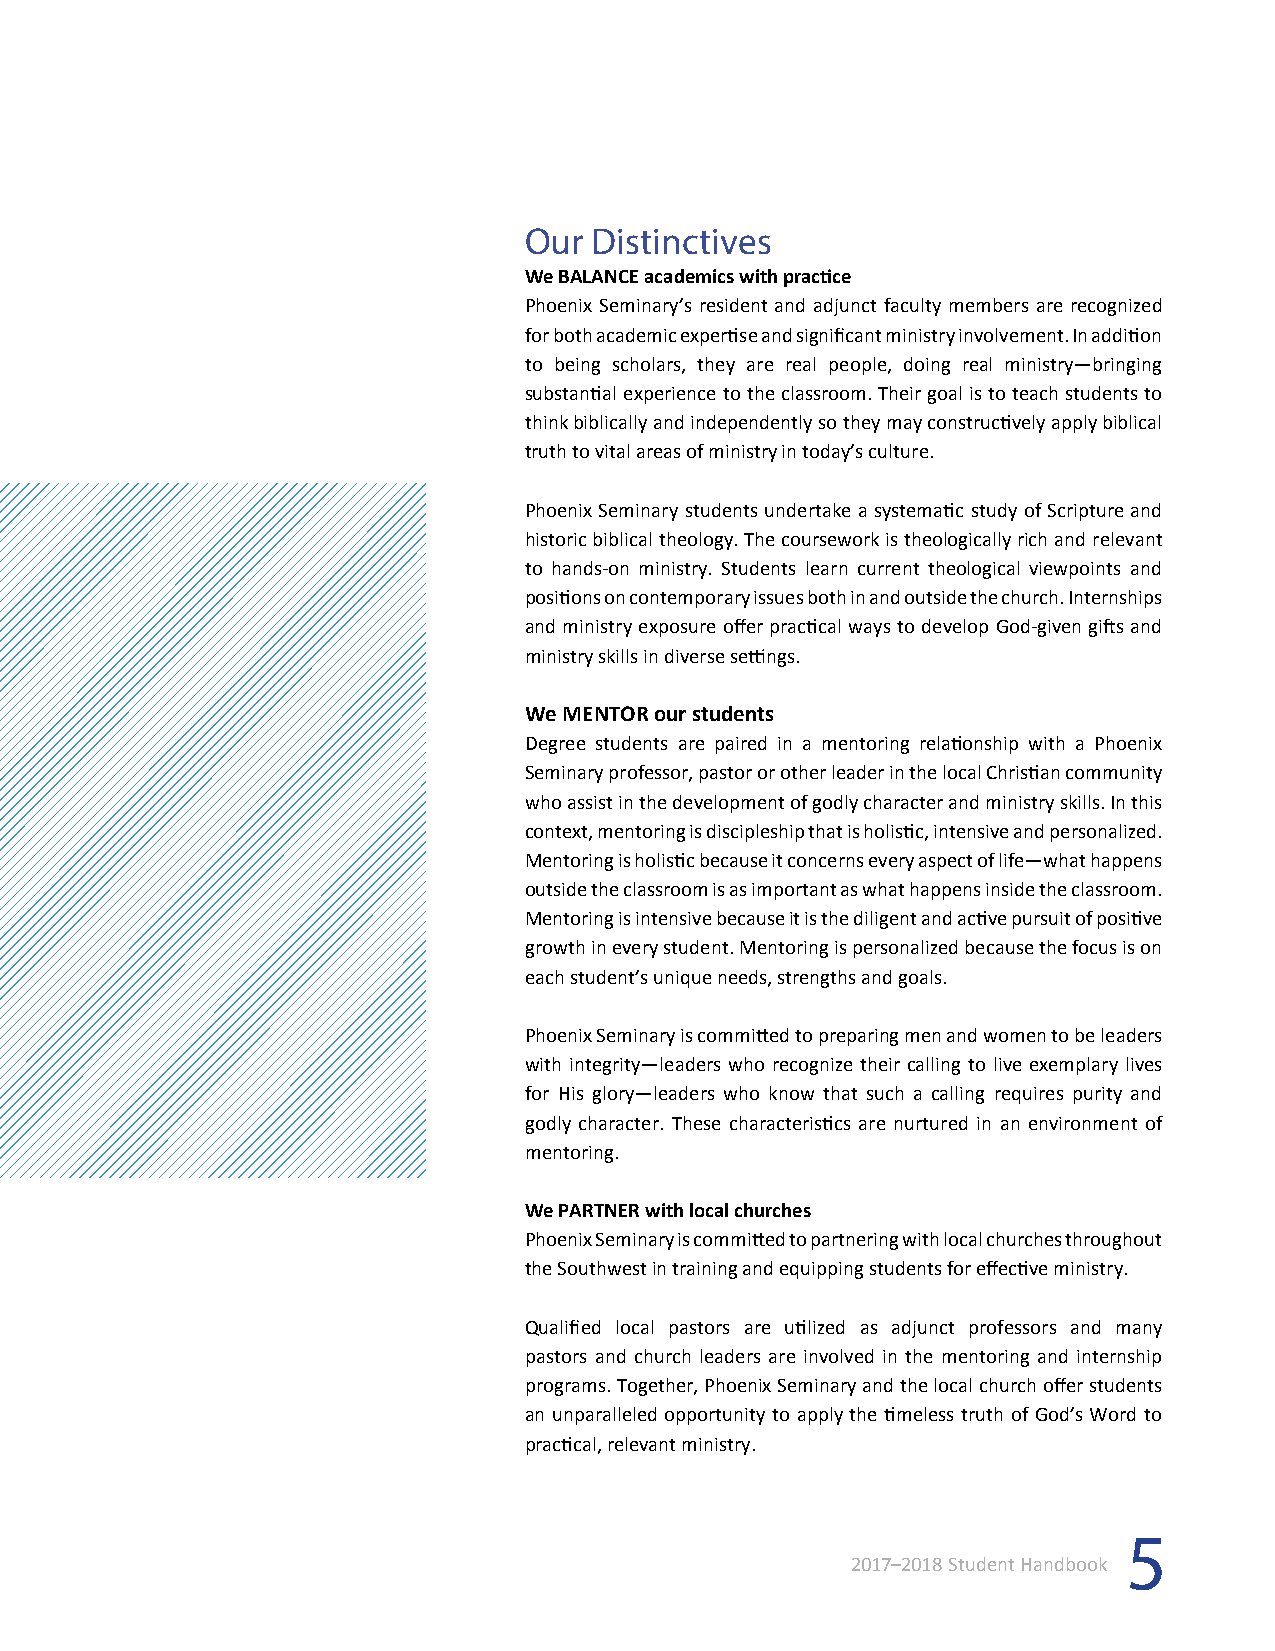
Our Distinctives
 We BALANCE academics with practice
 Phoenix Seminary’s resident and adjunct faculty members are recognized
 for both academic expertise and significant ministry involvement. In addition
 to being scholars, they are real people, doing real ministry—bringing
 substantial experience to the classroom. Their goal is to teach students to
 think biblically and independently so they may constructively apply biblical
 truth to vital areas of ministry in today’s culture.
 Phoenix Seminary students undertake a systematic study of Scripture and
 historic biblical theology. The coursework is theologically rich and relevant
 to hands-on ministry. Students learn current theological viewpoints and
 positions on contemporary issues both in and outside the church. Internships
 and ministry exposure offer practical ways to develop God-given gifts and
 ministry skills in diverse settings.
 We MENTOR our students
 Degree students are paired in a mentoring relationship with a Phoenix
 Seminary professor, pastor or other leader in the local Christian community
 who assist in the development of godly character and ministry skills. In this
 context, mentoring is discipleship that is holistic, intensive and personalized.
 Mentoring is holistic because it concerns every aspect of life—what happens
 outside the classroom is as important as what happens inside the classroom.
 Mentoring is intensive because it is the diligent and active pursuit of positive
 growth in every student. Mentoring is personalized because the focus is on
 each student’s unique needs, strengths and goals.
 Phoenix Seminary is committed to preparing men and women to be leaders
 with integrity—leaders who recognize their calling to live exemplary lives
 for His glory—leaders who know that such a calling requires purity and
 godly character. These characteristics are nurtured in an environment of
 mentoring.
 We PARTNER with local churches
 Phoenix Seminary is committed to partnering with local churches throughout
 the Southwest in training and equipping students for effective ministry.
 Qualified local pastors are utilized as adjunct professors and many
 pastors and church leaders are involved in the mentoring and internship
 programs. Together, Phoenix Seminary and the local church offer students
 an unparalleled opportunity to apply the timeless truth of God’s Word to
 practical, relevant ministry.
 5
 2017–2018 Student Handbook